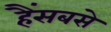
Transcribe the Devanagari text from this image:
हैंसबसे